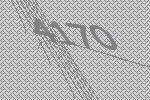
4170